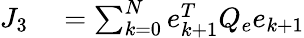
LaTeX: \begin{array}{rl}{J_{3}}&{{}=\sum_{k=0}^{N}e_{k+1}^{T}Q_{e}e_{k+1}}\end{array}